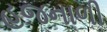
હજનાળી